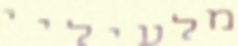
מלעיליי